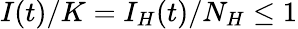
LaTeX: I(t)/K=I_{H}(t)/N_{H}\leq 1